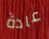
عادة